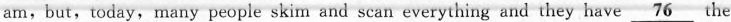
am,but,today,many people skim and scan everything and they have \underline{76} the